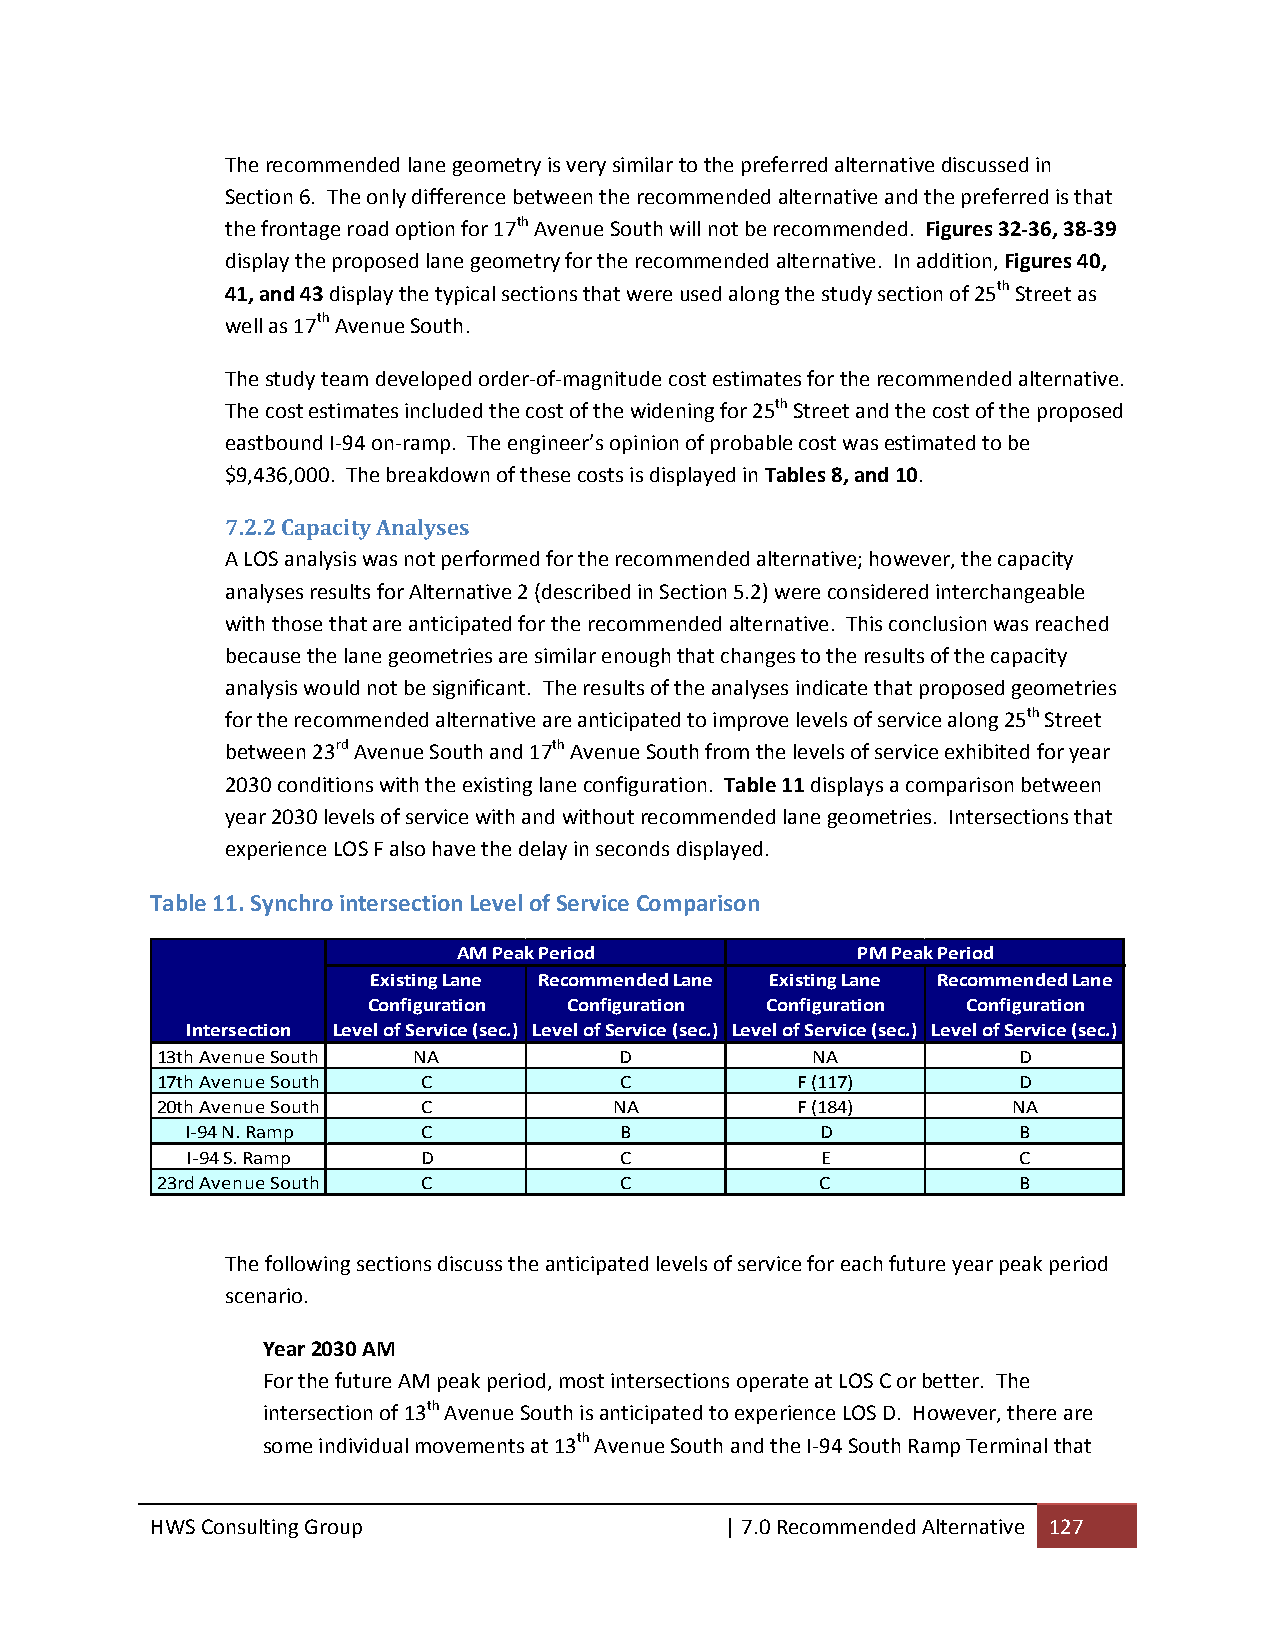
The recommended lane geometry is very similar to the preferred alternative discussed in
 Section 6. The only difference between the recommended alternative and the preferred is that
 the frontage road option for 17th Avenue South will not be recommended. Figures 32‐36, 38‐39
 display the proposed lane geometry for the recommended alternative. In addition, Figures 40,
 41, and 43 display the typical sections that were used along the study section of 25th Street as
 well as 17th Avenue South.
 The study team developed order‐of‐magnitude cost estimates for the recommended alternative.
 The cost estimates included the cost of the widening for 25th Street and the cost of the proposed
 eastbound I‐94 on‐ramp. The engineer’s opinion of probable cost was estimated to be
 $9,436,000. The breakdown of these costs is displayed in Tables 8, and 10.
 7.2.2 Capacity Analyses
 A LOS analysis was not performed for the recommended alternative; however, the capacity
 analyses results for Alternative 2 (described in Section 5.2) were considered interchangeable
 with those that are anticipated for the recommended alternative. This conclusion was reached
 because the lane geometries are similar enough that changes to the results of the capacity
 analysis would not be significant. The results of the analyses indicate that proposed geometries
 for the recommended alternative are anticipated to improve levels of service along 25th Street
 between 23rd Avenue South and 17th Avenue South from the levels of service exhibited for year
 2030 conditions with the existing lane configuration. Table 11 displays a comparison between
 year 2030 levels of service with and without recommended lane geometries. Intersections that
 experience LOS F also have the delay in seconds displayed.
 Table 11. Synchro intersection Level of Service Comparison
 AM Peak Period             PM Peak Period
 Existing Lane Recommended Lane Existing Lane Recommended Lane
 Configuration Configuration Configuration Configuration
 Intersection Level of Service (sec.) Level of Service (sec.) Level of Service (sec.) Level of Service (sec.)
 13th Avenue South NA           D            NA           D
 17th Avenue South C            C           F (117)       D
 20th Avenue South C            NA          F (184)       NA
 I‐94 N. Ramp    C            B            D            B
 I‐94 S. Ramp    D            C            E            C
 23rd Avenue South C            C            C            B
 The following sections discuss the anticipated levels of service for each future year peak period
 scenario.
 Year 2030 AM
 For the future AM peak period, most intersections operate at LOS C or better. The
 intersection of 13th Avenue South is anticipated to experience LOS D. However, there are
 some individual movements at 13th Avenue South and the I‐94 South Ramp Terminal that
 HWS Consulting Group                  | 7.0 Recommended Alternative 127